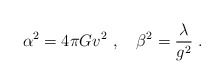
\begin{align*}\alpha^2 = 4 \pi G v^2 \ , \ \ \ \beta^2 = \frac{\lambda}{g^2}\ .\end{align*}